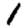
Digit: 1